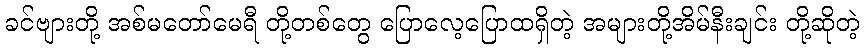
ခင်ဗျားတို့ အစ်မတော်မေရီ တို့တစ်တွေ ပြောလေ့ပြောထရှိတဲ့ အများတို့အိမ်နီးချင်း တို့ဆိုတဲ့